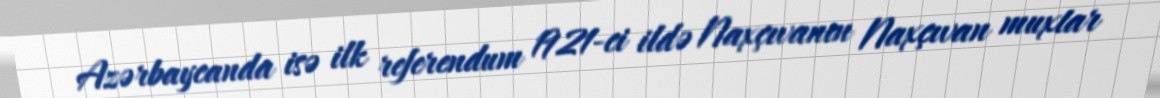
Azərbaycanda isə ilk referendum 1921-ci ildə Naxçıvanın Naxçıvan muxtar